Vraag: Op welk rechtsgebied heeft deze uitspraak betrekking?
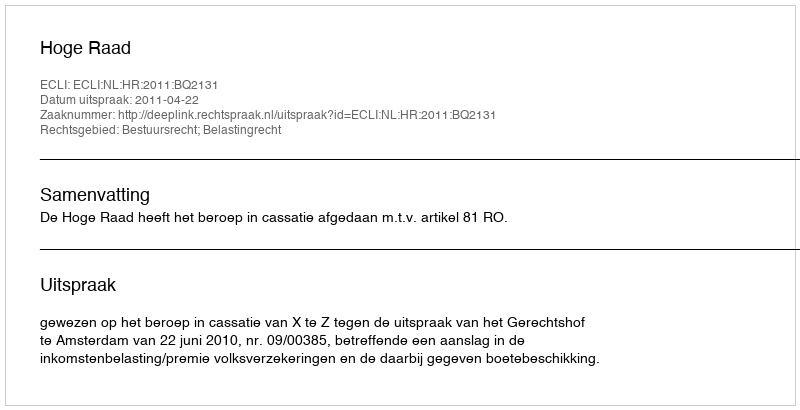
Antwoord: Bestuursrecht; Belastingrecht